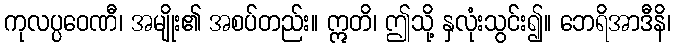
ကုလပ္ပဝေဏီ၊ အမျိုး၏ အစပ်တည်း။ ဣတိ၊ ဤသို့ နှလုံးသွင်း၍။ ဘေရိအာဒီနိ၊